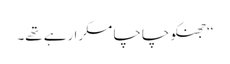
‘‘جھنکو چاچا مسکرا رہے تھے۔